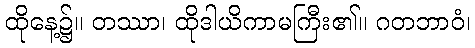
ထိုနေ့၌။ တဿာ၊ ထိုဒါယိကာမကြီး၏။ ဂတဘာဝံ၊